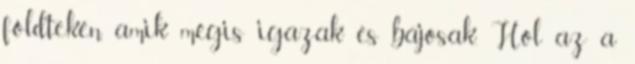
földtekén, amik mégis igazak és bájosak. Hol az a